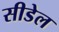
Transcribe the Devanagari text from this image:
सीडेल